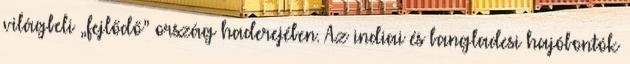
világbeli „fejlődő” ország haderejében. Az indiai és bangladesi hajóbontók